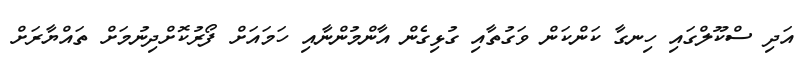
އަދި ސްކޫލްގައި ހިނގާ ކަންކަން ވަގުތާއި ގުޅިގެން އާންމުންނާއި ހަމައަށް ފޯރުކޮށްދިނުމަށް ތައްޔާރަށް